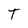
Character: T